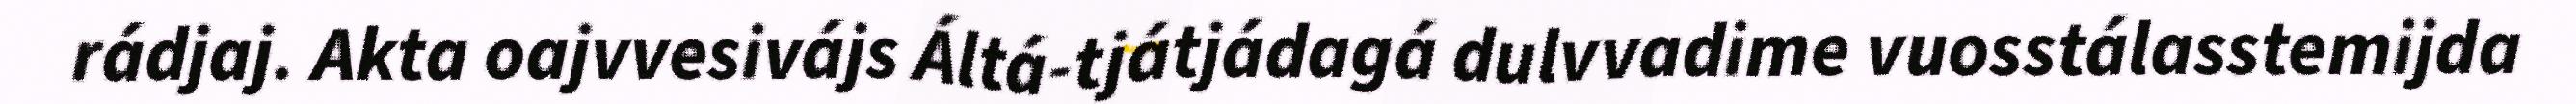
rádjaj. Akta oajvvesivájs Áltá-tjátjádagá dulvvadime vuosstálasstemijda